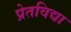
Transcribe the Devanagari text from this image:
प्रेतविद्या